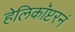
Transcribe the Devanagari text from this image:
हेलिकॉप्टरनं